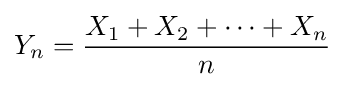
Y_{n}={X_{1}+X_{2}+\cdots +X_{n} \over n}